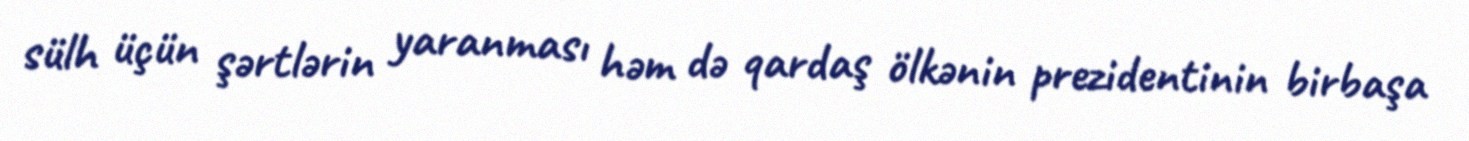
sülh üçün şərtlərin yaranması həm də qardaş ölkənin prezidentinin birbaşa